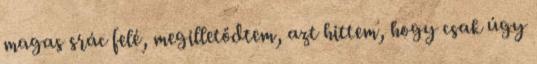
magas srác felé, megilletődtem, azt hittem, hogy csak úgy